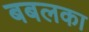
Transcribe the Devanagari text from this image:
बबलका